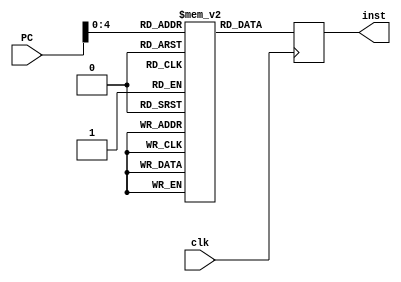
module INSTMEM(PC,inst,clk);
	input[31:0] PC;
	input clk;
	output[31:0] inst;
	reg[31:0] inst;
	reg[31:0] memory[0:31];
	integer mem;
	initial begin
    	memory[0] = 32'b00000000000000000000000000000000;  
    	memory[1] = 32'b00000000000000000000000000000000;  
    	memory[2] = 32'b00000000000000000000000000000000;  
    	memory[3] = 32'b10001100000100010000000000001000;  // lw  $s1($17), 8($0)
    	memory[4] = 32'b10001100000100100000000000000100;  // lw  $s2($18), 4($0)
    	memory[5] = 32'b00000010001100100100000000100000;  // add $t0($8), $s1($17), $s2($18)
    	memory[6] = 32'b00000000000000000000000000000000;  // nop
    	memory[7] = 32'b00000000000000000000000000000000;  // nop
    	memory[8] = 32'b00000000000000000000000000000000;  // nop
    	memory[9] = 32'b00000000000000000000000000000000;  // nop
    	memory[10]= 32'b00000000000000000000000000000000;  // nop
    	memory[11]= 32'b00000000000000000000000000000000;  // nop
    	memory[12]= 32'b00000000000000000000000000000000;  // nop
    	memory[13]= 32'b00000000000000000000000000000000;  // nop
    	memory[14]= 32'b00000000000000000000000000000000;  // nop
    	memory[15]= 32'b00000000000000000000000000000000;  // nop
    	memory[16]= 32'b00000000000000000000000000000000;  // nop
    	memory[17]= 32'b00000000000000000000000000000000;  // nop
    	memory[18]= 32'b00000000000000000000000000000000;  // nop 
    	memory[19]= 32'b00000000000000000000000000000000;  // nop
    	memory[20]= 32'b00000000000000000000000000000000;  // nop
    	memory[21]= 32'b00000000000000000000000000000000;  // nop
    	memory[22]= 32'b00000000000000000000000000000000;  // nop
    	memory[23]= 32'b00000000000000000000000000000000;  // nop
    	memory[24]= 32'b00000000000000000000000000000000;  // nop
    	memory[25]= 32'b00000000000000000000000000000000;  // nop
    	memory[26]= 32'b00000000000000000000000000000000;  // nop
    	memory[27]= 32'b00000000000000000000000000000000;  // nop
    	memory[28]= 32'b00000000000000000000000000000000;  // nop 
    	memory[29]= 32'b00000000000000000000000000000000;  // nop
    	memory[30]= 32'b00000000000000000000000000000000;  // nop
    	memory[31]= 32'b00000000000000000000000000000000;
	end
	always@(posedge clk)
	begin
	mem = PC[31:0];
	inst = memory[mem];
	end
endmodule

/*module testINST;
	reg clk,reset;
	reg[31:0] PC;
	wire[31:0] out;
	wire[31:0] out1;
	PC pc(out,clk,reset);
	INSTMEM I(out,out1,clk);
	initial
	begin
		$monitor($time,"PCout=%b inst=%b",out,out1);
		#0 reset = 1'b1;clk=1'b0;
		#10 reset = 1'b0;
	end
	initial
	begin
	repeat(1000)
	#1 clk = ~clk;
	end
endmodule*/